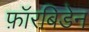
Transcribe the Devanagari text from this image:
फ़ॉरबिडेन